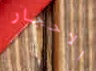
الاحجار